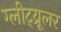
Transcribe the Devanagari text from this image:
ग्लीट्य्रूलर